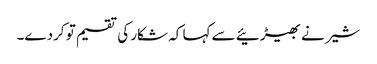
شیر نے بھیڑئیے سے کہا کہ شکار کی تقسیم تو کردے۔